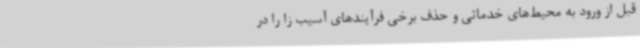
قبل از ورود به محیط‌های خدماتی و حذف برخی فرآیندهای آسیب زا را در